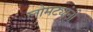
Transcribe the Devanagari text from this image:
लोमट्यांनी